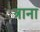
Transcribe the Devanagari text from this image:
त्राना